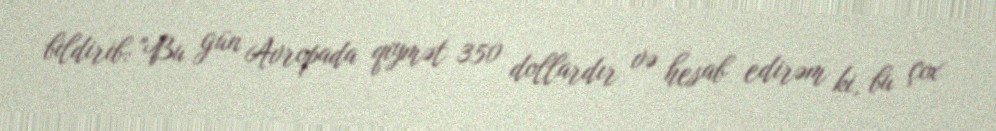
bildirib: "Bu gün Avropada qiymət 350 dollardır və hesab edirəm ki, bu çox